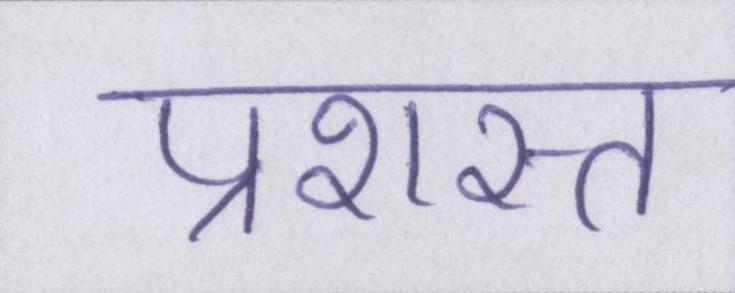
प्रशस्त